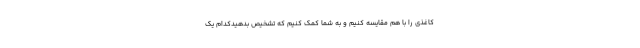
کاغذی را با هم مقایسه کنیم و به شما کمک کنیم که تشخیص بدهیدکدام یک